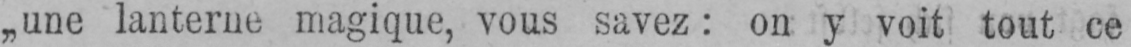
„une lanterne magique, vous savez: on y voit tout ce